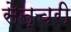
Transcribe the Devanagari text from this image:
सेन्चरी